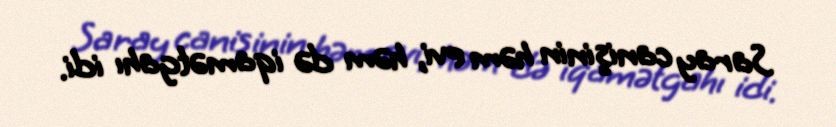
Saray canişinin həm evi, həm də iqamətgahı idi.